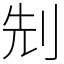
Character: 𠜎